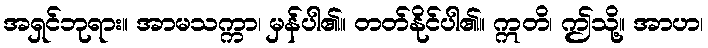
အရှင်ဘုရား။ အာမသက္ကာ၊ မှန်ပါ၏။ တတ်နိုင်ပါ၏။ ဣတိ၊ ဤသို့။ အာဟ၊